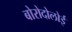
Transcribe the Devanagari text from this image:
बोरोदोलोई